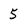
Character: 5